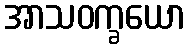
အာသဝက္ခယော